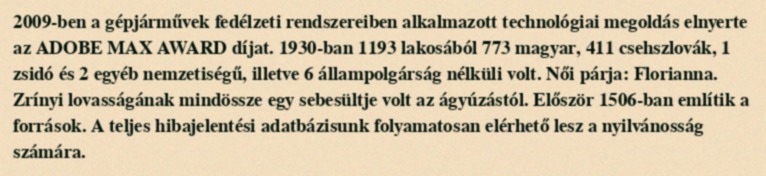
2009-ben a gépjárművek fedélzeti rendszereiben alkalmazott technológiai megoldás elnyerte az ADOBE MAX AWARD díjat. 1930-ban 1193 lakosából 773 magyar, 411 csehszlovák, 1 zsidó és 2 egyéb nemzetiségű, illetve 6 állampolgárság nélküli volt. Női párja: Florianna. Zrínyi lovasságának mindössze egy sebesültje volt az ágyúzástól. Először 1506-ban említik a források. A teljes hibajelentési adatbázisunk folyamatosan elérhető lesz a nyilvánosság számára.